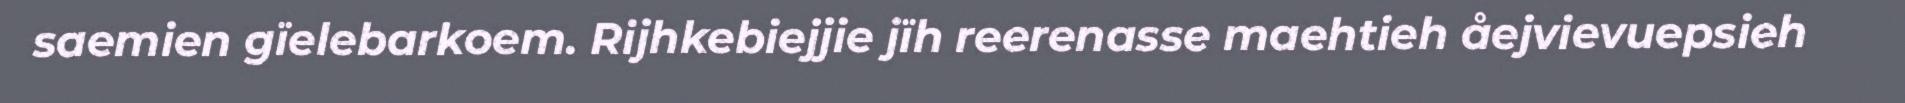
saemien gïelebarkoem. Rijhkebiejjie jïh reerenasse maehtieh åejvievuepsieh